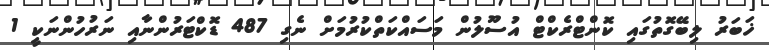
ޚަބަރު ލިބޭގޮތުގައި ކޮންޓްރެކްޓް އުސޫލުން މަސައްކަތްކުރުމަށް ނެގި 487 ޑޮކްޓަރުންނާއި ނަރުހުންނަކީ 1